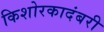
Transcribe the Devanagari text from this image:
किशोरकादंबरी